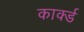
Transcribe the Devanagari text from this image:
कार्क्ड